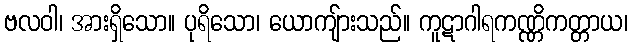
ဗလဝါ၊ အားရှိသော။ ပုရိသော၊ ယောကျ်ားသည်။ ကူဋာဂါရကဏ္ဏိကတ္တာယ၊